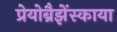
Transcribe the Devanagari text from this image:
प्रेयोब्रैझेंस्काया